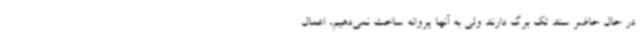
در حال حاضر سند تک برگ دارند ولی به آنها پروانه ساخت نمی‌دهیم، اعمال